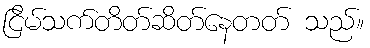
ငြိမ်သက်တိတ်ဆိတ်နေတတ် သည်။